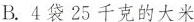
B. 4袋25千克的大米